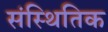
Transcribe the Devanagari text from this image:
संस्थितिक